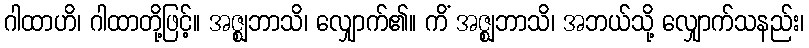
ဂါထာဟိ၊ ဂါထာတို့ဖြင့်။ အဇ္ဈဘာသိ၊ လျှောက်၏။ ကိံ အဇ္ဈဘာသိ၊ အဘယ်သို့ လျှောက်သနည်း၊